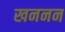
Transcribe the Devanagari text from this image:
खननन